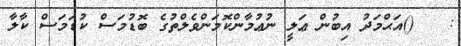
:   ()އަޙްމަދު އިބުން ޢަލީ ނުޢުމާންކޮމަންވެލްތުގެ ބޮޑުމަސް ކުޑަމަސް ކާލާ